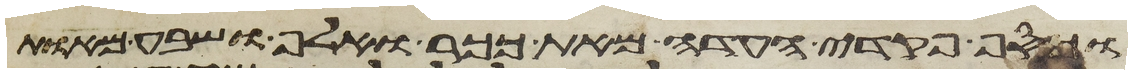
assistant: וכסף פקדי העדה מאת ככר ואלף ושבע מאות